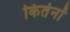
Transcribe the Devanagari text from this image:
किर्तनों